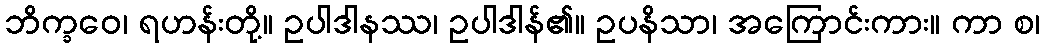
ဘိက္ခဝေ၊ ရဟန်းတို့။ ဥပါဒါနဿ၊ ဥပါဒါန်၏။ ဥပနိသာ၊ အကြောင်းကား။ ကာ စ၊